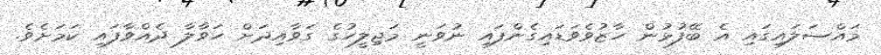
މައްސަލައިގައި އެ ބޭފުޅުން ހާޒުވެވަޑައިގެންފައި ނުވަނީ މަޖިލީހުގެ ގަވާއިދަށް ހަވާލާ ދެއްވާފައި ކަމަށެވެ.